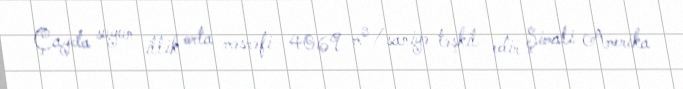
Çayda suyun illik orta məsrəfi 4069 m³/saniyə təşkil edir Şimali Amerika